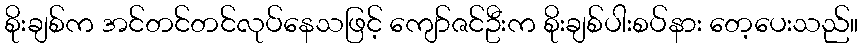
စိုးချစ်က အင်တင်တင်လုပ်နေသဖြင့် ကျော်ဇင်ဦးက စိုးချစ်ပါးစပ်နား တေ့ပေးသည်။